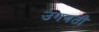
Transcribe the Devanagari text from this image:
उगवती